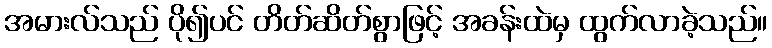
အမားလ်သည် ပို၍ပင် တိတ်ဆိတ်စွာဖြင့် အခန်းထဲမှ ထွက်လာခဲ့သည်။